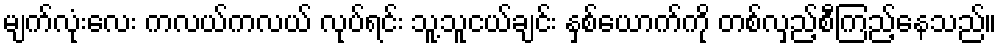
မျက်လုံးလေး ကလယ်ကလယ် လုပ်ရင်း သူ့သူငယ်ချင်း နှစ်ယောက်ကို တစ်လှည့်စီကြည့်နေသည်။